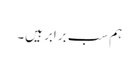
ہم سب برابر ہیں۔